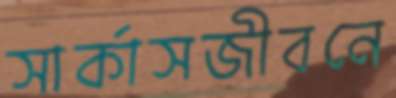
সার্কাসজীবনে